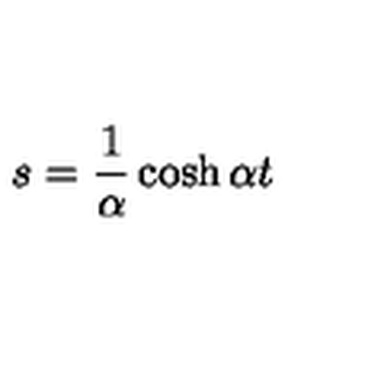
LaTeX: s = \frac { 1 } { \alpha } \cosh \alpha t